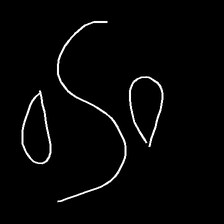
Glyph: water